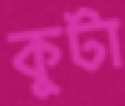
কুটা